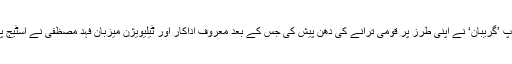
باقاعدہ تقریب کا آغاز میوزیکل گروپ ’گریبان‘ نے اپنی طرز پر قومی ترانے کی دھن پیش کی جس کے بعد معروف اداکار اور ٹیلیویژن میزبان فہد مصظفیٰ نے اسٹیج پر آکر تقریب کی تفصیلات پیش کیں۔